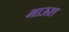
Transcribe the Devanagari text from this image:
भाऊश